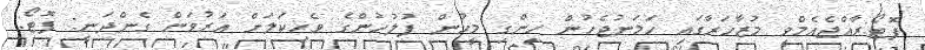
ފޮޓޯ:ރާއްޖެއެމްވީ މުޒާހަރާގައި ހަމަނުޖެހުން ހިންގި މީހުން ފުލުހުންގެ ވެހިކަލަށް އަރުވަން ގެންދަނީ: ފޮޓޯ: